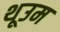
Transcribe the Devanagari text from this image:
थूउम